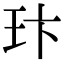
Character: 玣